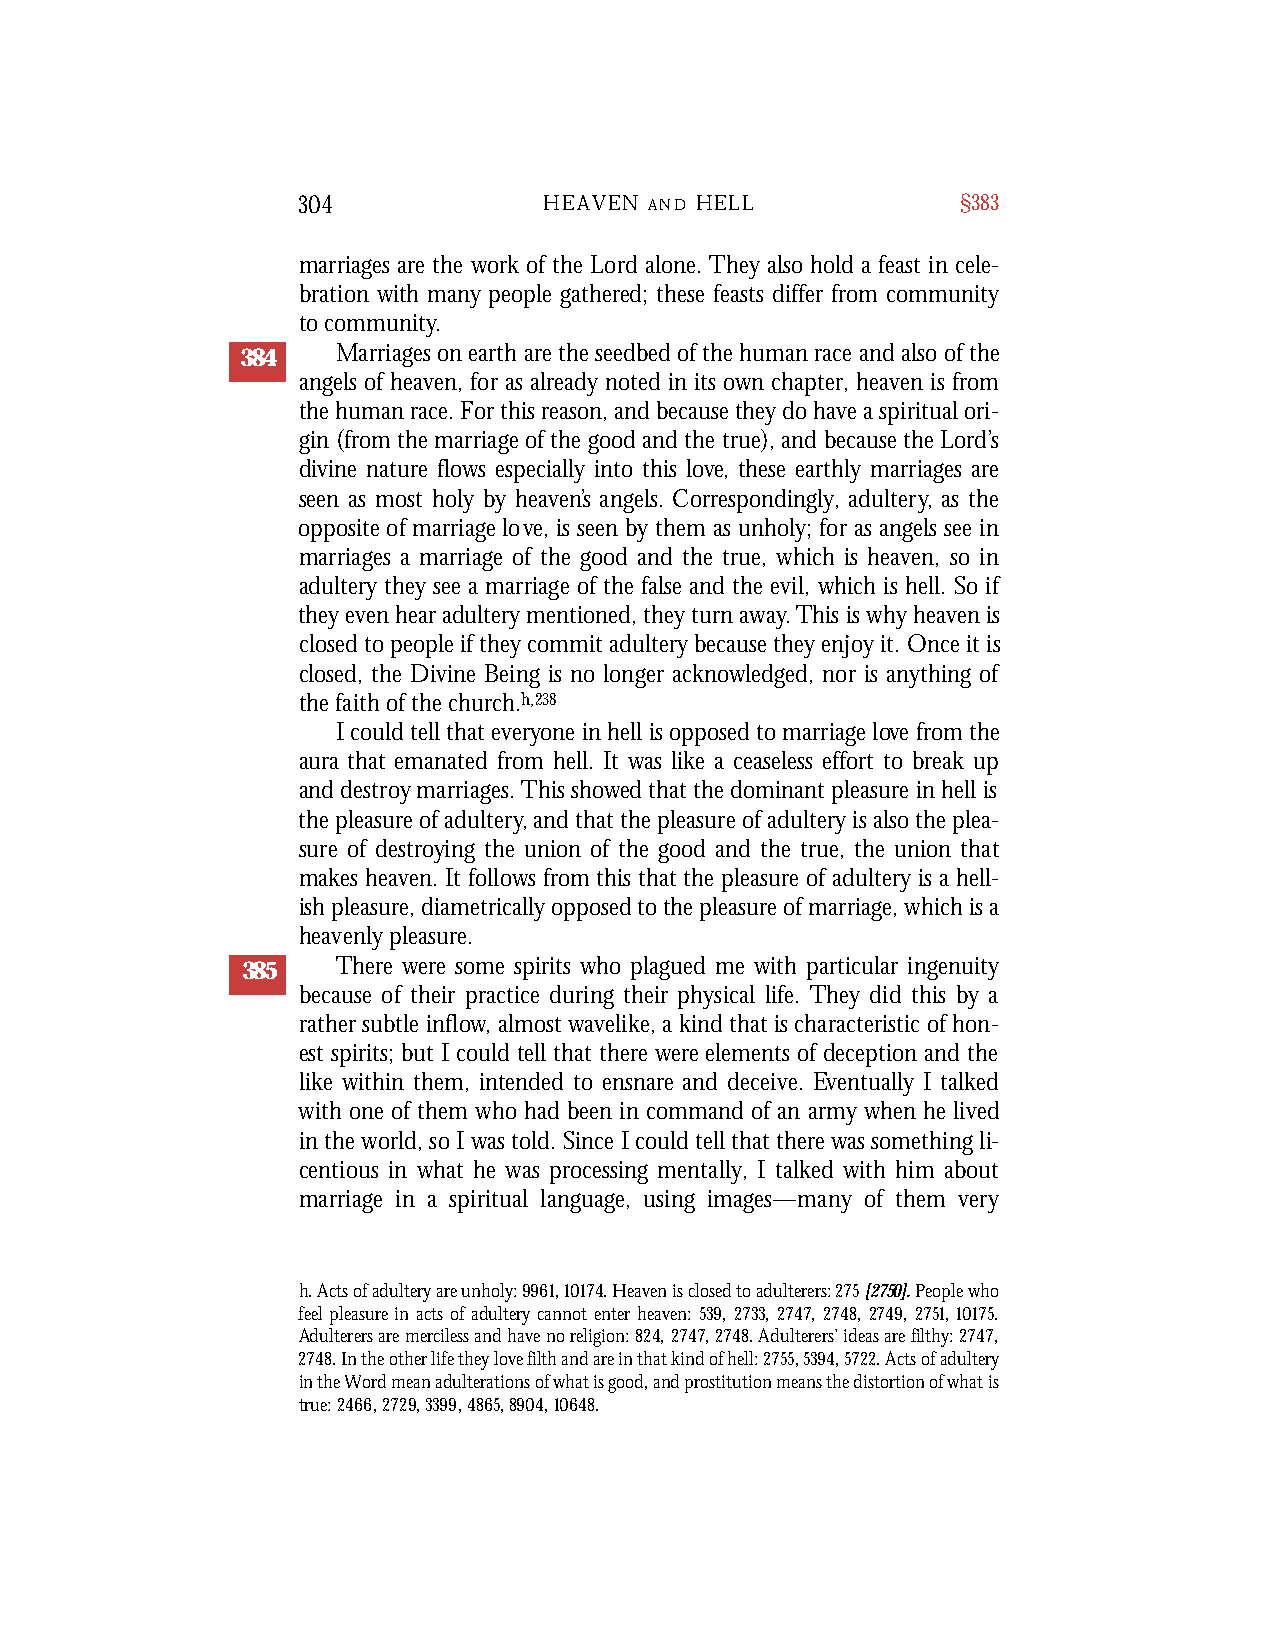
304             HEAVEN A N D H E L L        §383
 marriages are the work of the Lord alone. They also hold a feast in cele-
 bration with many people gathered; these feasts differ from community
 to community.
 384   Marriages on earth are the seedbed of the human race and also of the
 angels of heaven, for as already noted in its own chapter, heaven is from
 the human race. For this reason, and because they do have a spiritual ori-
 gin (from the marriage of the good and the true), and because the Lord’s
 divine nature flows especially into this love, these earthly marriages are
 seen as most holy by heaven’s angels. Correspondingly, adultery, as the
 opposite of marriage love, is seen by them as unholy; for as angels see in
 marriages a marriage of the good and the true, which is heaven, so in
 adultery they see a marriage of the false and the evil, which is hell. So if
 they even hear adultery mentioned, they turn away.This is why heaven is
 closed to people if they commit adultery because they enjoy it. Once it is
 closed, the Divine Being is no longer acknowledged, nor is anything of
 the faith of the church.h,238
 I could tell that everyone in hell is opposed to marriage love from the
 aura that emanated from hell. It was like a ceaseless effort to break up
 and destroy marriages. This showed that the dominant pleasure in hell is
 the pleasure of adultery, and that the pleasure of adultery is also the plea-
 sure of destroying the union of the good and the true, the union that
 makes heaven. It follows from this that the pleasure of adultery is a hell-
 ish pleasure, diametrically opposed to the pleasure of marriage, which is a
 heavenly pleasure.
 385   There were some spirits who plagued me with particular ingenuity
 because of their practice during their physical life. They did this by a
 rather subtle inflow, almost wavelike, a kind that is characteristic of hon-
 est spirits; but I could tell that there were elements of deception and the
 like within them, intended to ensnare and deceive. Eventually I talked
 with one of them who had been in command of an army when he lived
 in the world, so I was told. Since I could tell that there was something li-
 centious in what he was processing mentally, I talked with him about
 marriage in a spiritual language, using images—many of them very
 h. Acts of adultery are unholy: 9961,10174. Heaven is closed to adulterers: 275[2750].People who
 feel pleasure in acts of adultery cannot enter heaven: 539, 2733, 2747, 2748, 2749, 2751, 10175.
 Adulterers are merciless and have no religion: 824,2747,2748. Adulterers’ ideas are filthy: 2747,
 2748. In the other life they love filth and are in that kind of hell: 2755,5394,5722. Acts of adultery
 in the Word mean adulterations of what is good, and prostitution means the distortion of what is
 true: 2466, 2729, 3399, 4865, 8904, 10648.